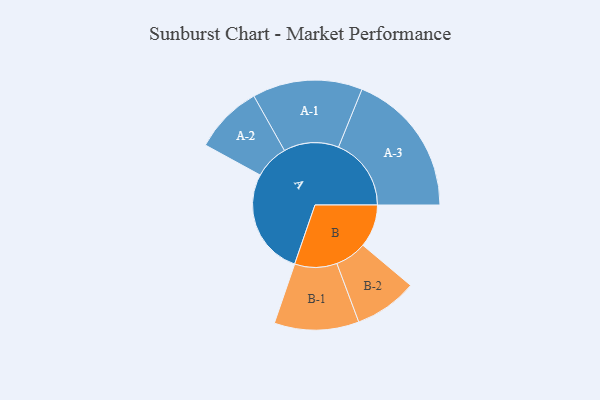
{"axis": {"x": "Segment", "y": "Value"}, "legend": ["", "A", "B"], "data": [{"x": "A", "y": 386, "type": ""}, {"x": "B", "y": 155, "type": ""}, {"x": "A-1", "y": 199, "type": "A"}, {"x": "A-2", "y": 124, "type": "A"}, {"x": "A-3", "y": 263, "type": "A"}, {"x": "B-1", "y": 153, "type": "B"}, {"x": "B-2", "y": 114, "type": "B"}]}